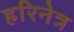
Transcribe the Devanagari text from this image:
हरिनेत्र